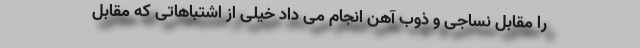
را مقابل نساجی و ذوب آهن انجام می داد خیلی از اشتباهاتی که مقابل